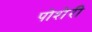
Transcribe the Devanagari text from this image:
पोशेरी